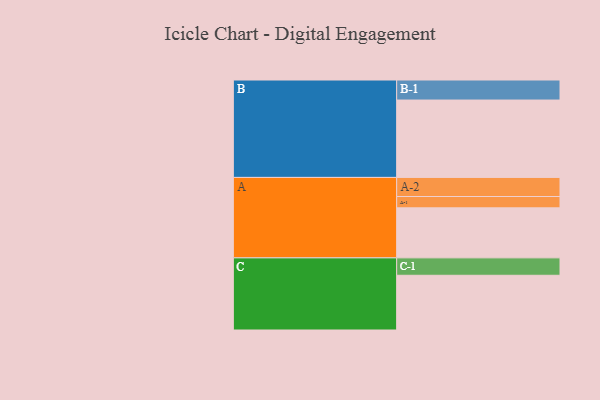
{"axis": {"x": "Segment", "y": "Value"}, "legend": ["", "A", "B", "C"], "data": [{"x": "A", "y": 362, "type": ""}, {"x": "B", "y": 560, "type": ""}, {"x": "C", "y": 396, "type": ""}, {"x": "A-1", "y": 82, "type": "A"}, {"x": "A-2", "y": 138, "type": "A"}, {"x": "B-1", "y": 145, "type": "B"}, {"x": "C-1", "y": 126, "type": "C"}]}